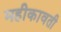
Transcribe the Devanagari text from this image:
महीकावती